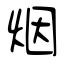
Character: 烟